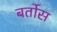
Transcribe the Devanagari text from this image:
बर्तोस